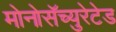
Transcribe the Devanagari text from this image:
मोनोसॅच्युरेटेड